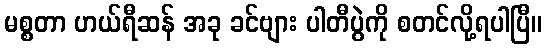
မစ္စတာ ဟယ်ရီဆန် အခု ခင်ဗျား ပါတီပွဲကို စတင်လို့ရပါပြီ။